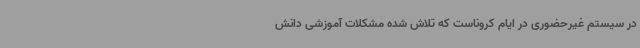
در سیستم غیرحضوری در ایام کروناست که تلاش شده مشکلات آموزشی دانش‌